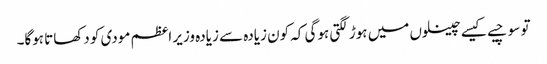
تو سوچیے کیسے چینلوں میں ہوڑ لگتی ہوگی کہ کون زیادہ سے زیادہ وزیر اعظم مودی کو دکھاتا ہوگا۔